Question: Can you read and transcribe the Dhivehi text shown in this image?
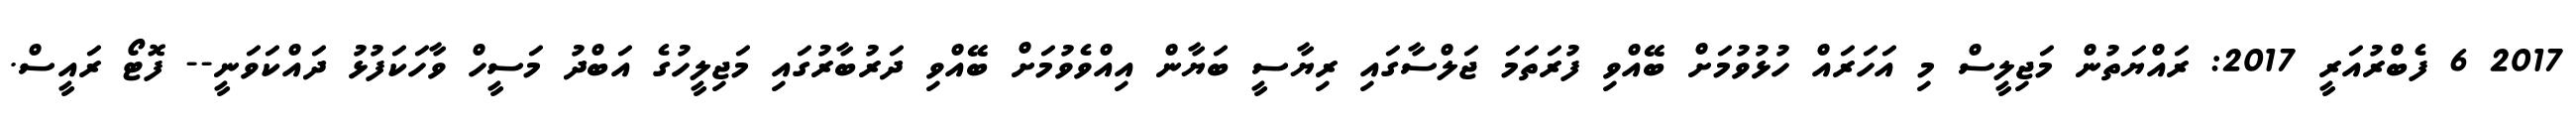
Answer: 2017 6 ފެބްރުއަރީ 2017: ރައްޔަތުން މަޖިލީސް މި އަހަރައް ހުޅުވުމަށް ބޭއްވި ފުރަތަމަ ޖަލްސާގައި ރިޔާސީ ބަޔާން އިއްވެވުމަށް ބޭއްވި ދަރުބާރުގައި މަޖިލީހުގެ އަބްދު މަސީހް ވާހަކަފުޅު ދައްކަވަނީ-- ފޮޓޯ ރައީސް.